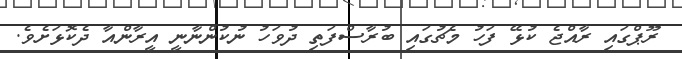
ރޫޕްގައި ރާއްޖެ ކުޅޭ ފަހު މެޗުގައި ބުރާސްފަތި ދުވަހު ނުކުންނާނީ އީރާންއާ ދެކޮޅަށެވެ.